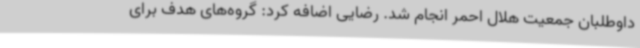
داوطلبان جمعیت هلال احمر انجام شد. رضایی اضافه کرد: گروه‌های هدف برای